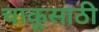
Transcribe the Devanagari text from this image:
चाकूसाठी